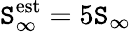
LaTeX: \mathtt{S}_{\infty}^{\mathrm{{est}}}=5\mathtt{S}_{\infty}